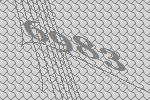
6983